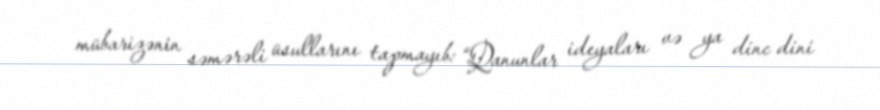
mübarizənin səmərəli üsullarını tapmayıb: “Qanunlar ideyaları və ya dinc dini